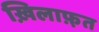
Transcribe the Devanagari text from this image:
ख़िलाफ़़त